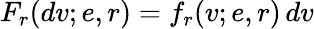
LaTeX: F_{r}(dv;e,r)=f_{r}(v;e,r)\, dv